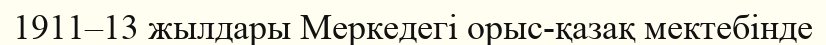
1911–13 жылдары Меркедегі орыс-қазақ мектебінде